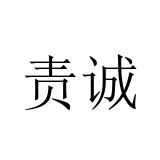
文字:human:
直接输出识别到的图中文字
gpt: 责诚